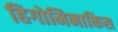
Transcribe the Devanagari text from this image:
हिगोमिनाकिस